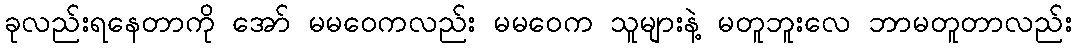
ခုလည်းရနေတာကို အော် မမဝေကလည်း မမဝေက သူများနဲ့ မတူဘူးလေ ဘာမတူတာလည်း